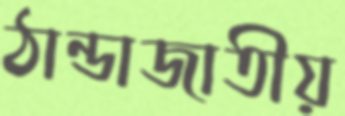
ঠান্ডাজাতীয়